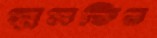
সুমতির